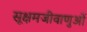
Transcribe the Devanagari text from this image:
सूक्षमजीवाणुओं